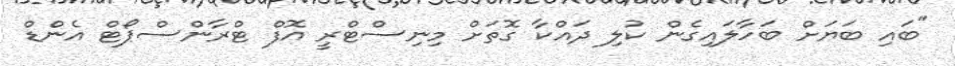
"ބައި ބަޔަށް ބަހާލައިގެން ކުލި ދައްކާ ގޮތަށް މިނިސްޓްރީ އޮފް ޓްރާންސްޕޯޓް އެންޑް